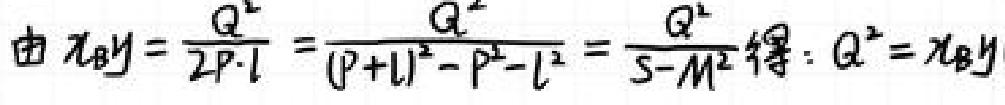
由 \(x_{B}y=\frac{Q^{2}}{2P\cdot l}=\frac{Q^{2}}{(P + l)^{2}-P^{2}-l^{2}}=\frac{Q^{2}}{S - M^{2}}\) 得：\(Q^{2}=x_{B}y\)